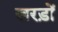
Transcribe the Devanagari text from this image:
खरड़ों